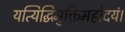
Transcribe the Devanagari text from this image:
यत्यिद्धिमुक्तिमहोदयं।